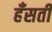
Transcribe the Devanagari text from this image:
हँसती